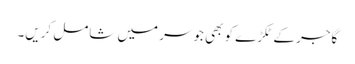
گاجر کے ٹکڑے کو بھی جوسر میں شامل کریں۔